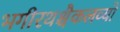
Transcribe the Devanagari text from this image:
भगीरथश्चैकलव्यो